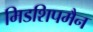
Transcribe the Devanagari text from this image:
मिडशिपमैन